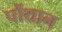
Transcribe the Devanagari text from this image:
पोंथान